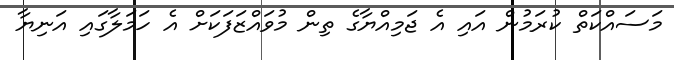
މަސައްކަތް ކުރަމުން އައި އެ ޖަމިއްޔާގެ ތިން މުވައްޒަފަކަށް އެ ހަމަލާގައި އަނިޔާ